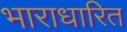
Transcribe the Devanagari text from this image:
भाराधारित